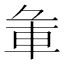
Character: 𨊬